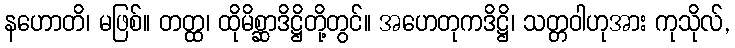
နဟောတိ၊ မဖြစ်။ တတ္ထ၊ ထိုမိစ္ဆာဒိဋ္ဌိတို့တွင်။ အဟေတုကဒိဋ္ဌိ၊ သတ္တဝါဟုအား ကုသိုလ်,